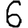
Digit: 6